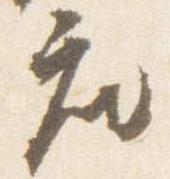
座